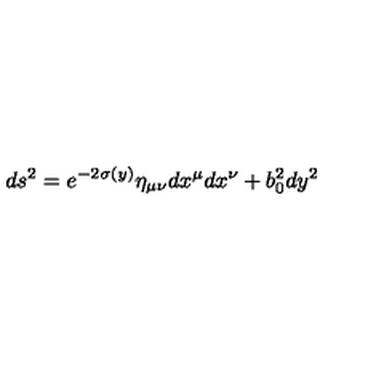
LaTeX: d s ^ { 2 } = e ^ { - 2 \sigma ( y ) } \eta _ { \mu \nu } d x ^ { \mu } d x ^ { \nu } + b _ { 0 } ^ { 2 } d y ^ { 2 }